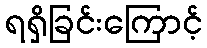
ရရှိခြင်းကြောင့်